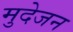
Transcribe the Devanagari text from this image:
मुदेजन